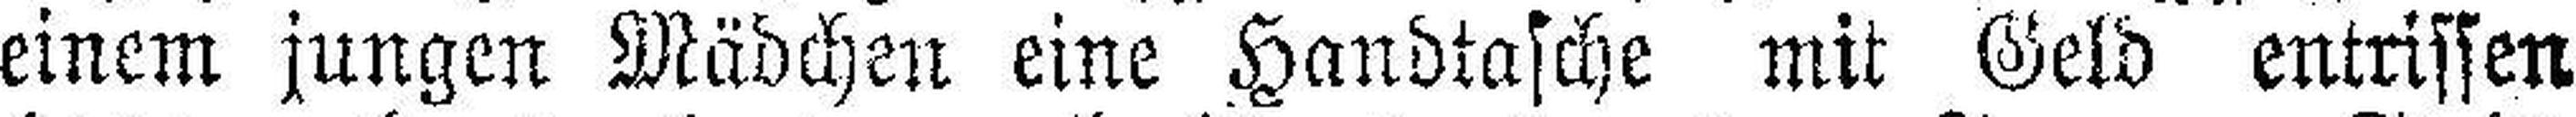
einem jungen Mädchen eine Handtasche mit Geld entrissen